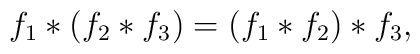
f_1 * (f_2*f_3)=(f_1*f_2)*f_3,